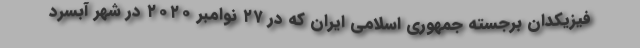
فیزیکدان برجسته جمهوری اسلامی ایران که در ۲۷ نوامبر ۲۰۲۰ در شهر آبسرد